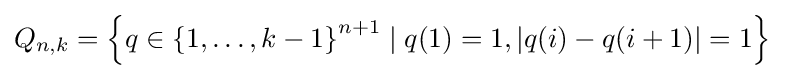
Q_{n,k}=\left\{q\in \left\{1,\ldots ,k-1\right\}^{n+1}\mid q(1)=1,\left|q(i)-q(i+1)\right|=1\right\}